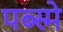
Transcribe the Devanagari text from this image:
पब्स्मे